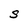
Character: S